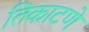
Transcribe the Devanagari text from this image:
तिकाटणे